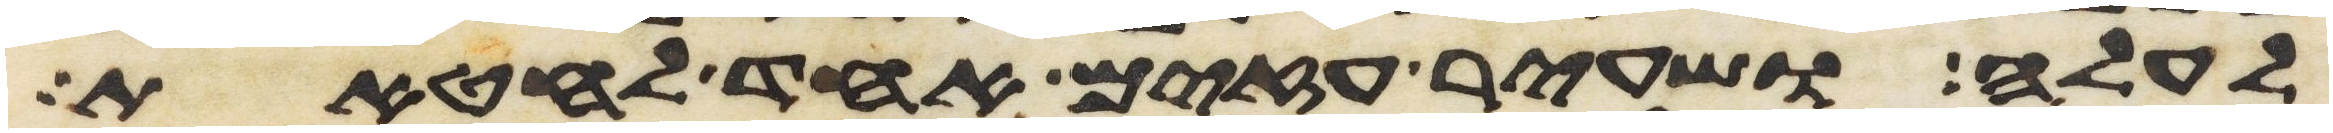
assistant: לעלה ושעיר עזים אחד לחטאת